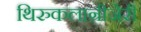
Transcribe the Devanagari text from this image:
थिरुकलान्रीजेरी